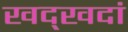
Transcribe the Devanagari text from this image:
खद्खदां